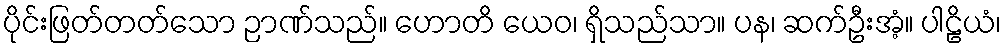
ပိုင်းဖြတ်တတ်သော ဉာဏ်သည်။ ဟောတိ ယေဝ၊ ရှိသည်သာ။ ပန၊ ဆက်ဦးအံ့။ ပါဠိယံ၊